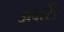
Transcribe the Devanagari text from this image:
अक्षरोें